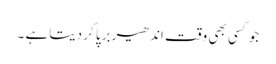
جو کسی بھی وقت اندھیر برپا کر دیتا ہے ۔